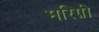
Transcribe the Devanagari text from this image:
मरिग्नी